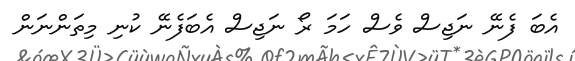
އެބަ ފެނޭ ނަޖިސް ވެސް ހަމަ ރޯ ނަޖިސް އެބަފެނޭ ކުނި މިތަންނަން